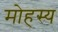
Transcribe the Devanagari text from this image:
मोहस्य